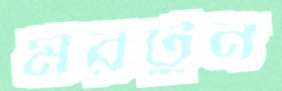
মরটুন